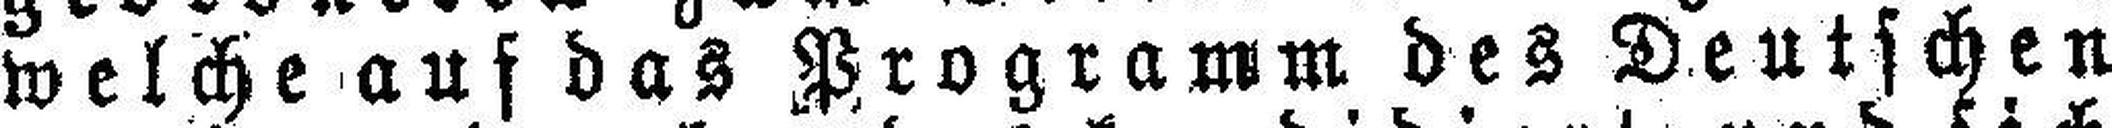
welche auf das Programm des Deutschen